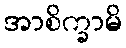
အာစိက္ခာမိ